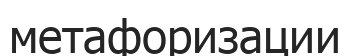
метафоризации